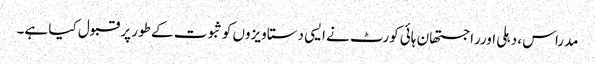
مدراس ، دہلی اورراجستھان ہائی کورٹ نے ایسی دستاویزوں کوثبوت کے طور پر قبول کیا ہے۔